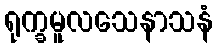
ရုက္ခမူလသေနာသနံ